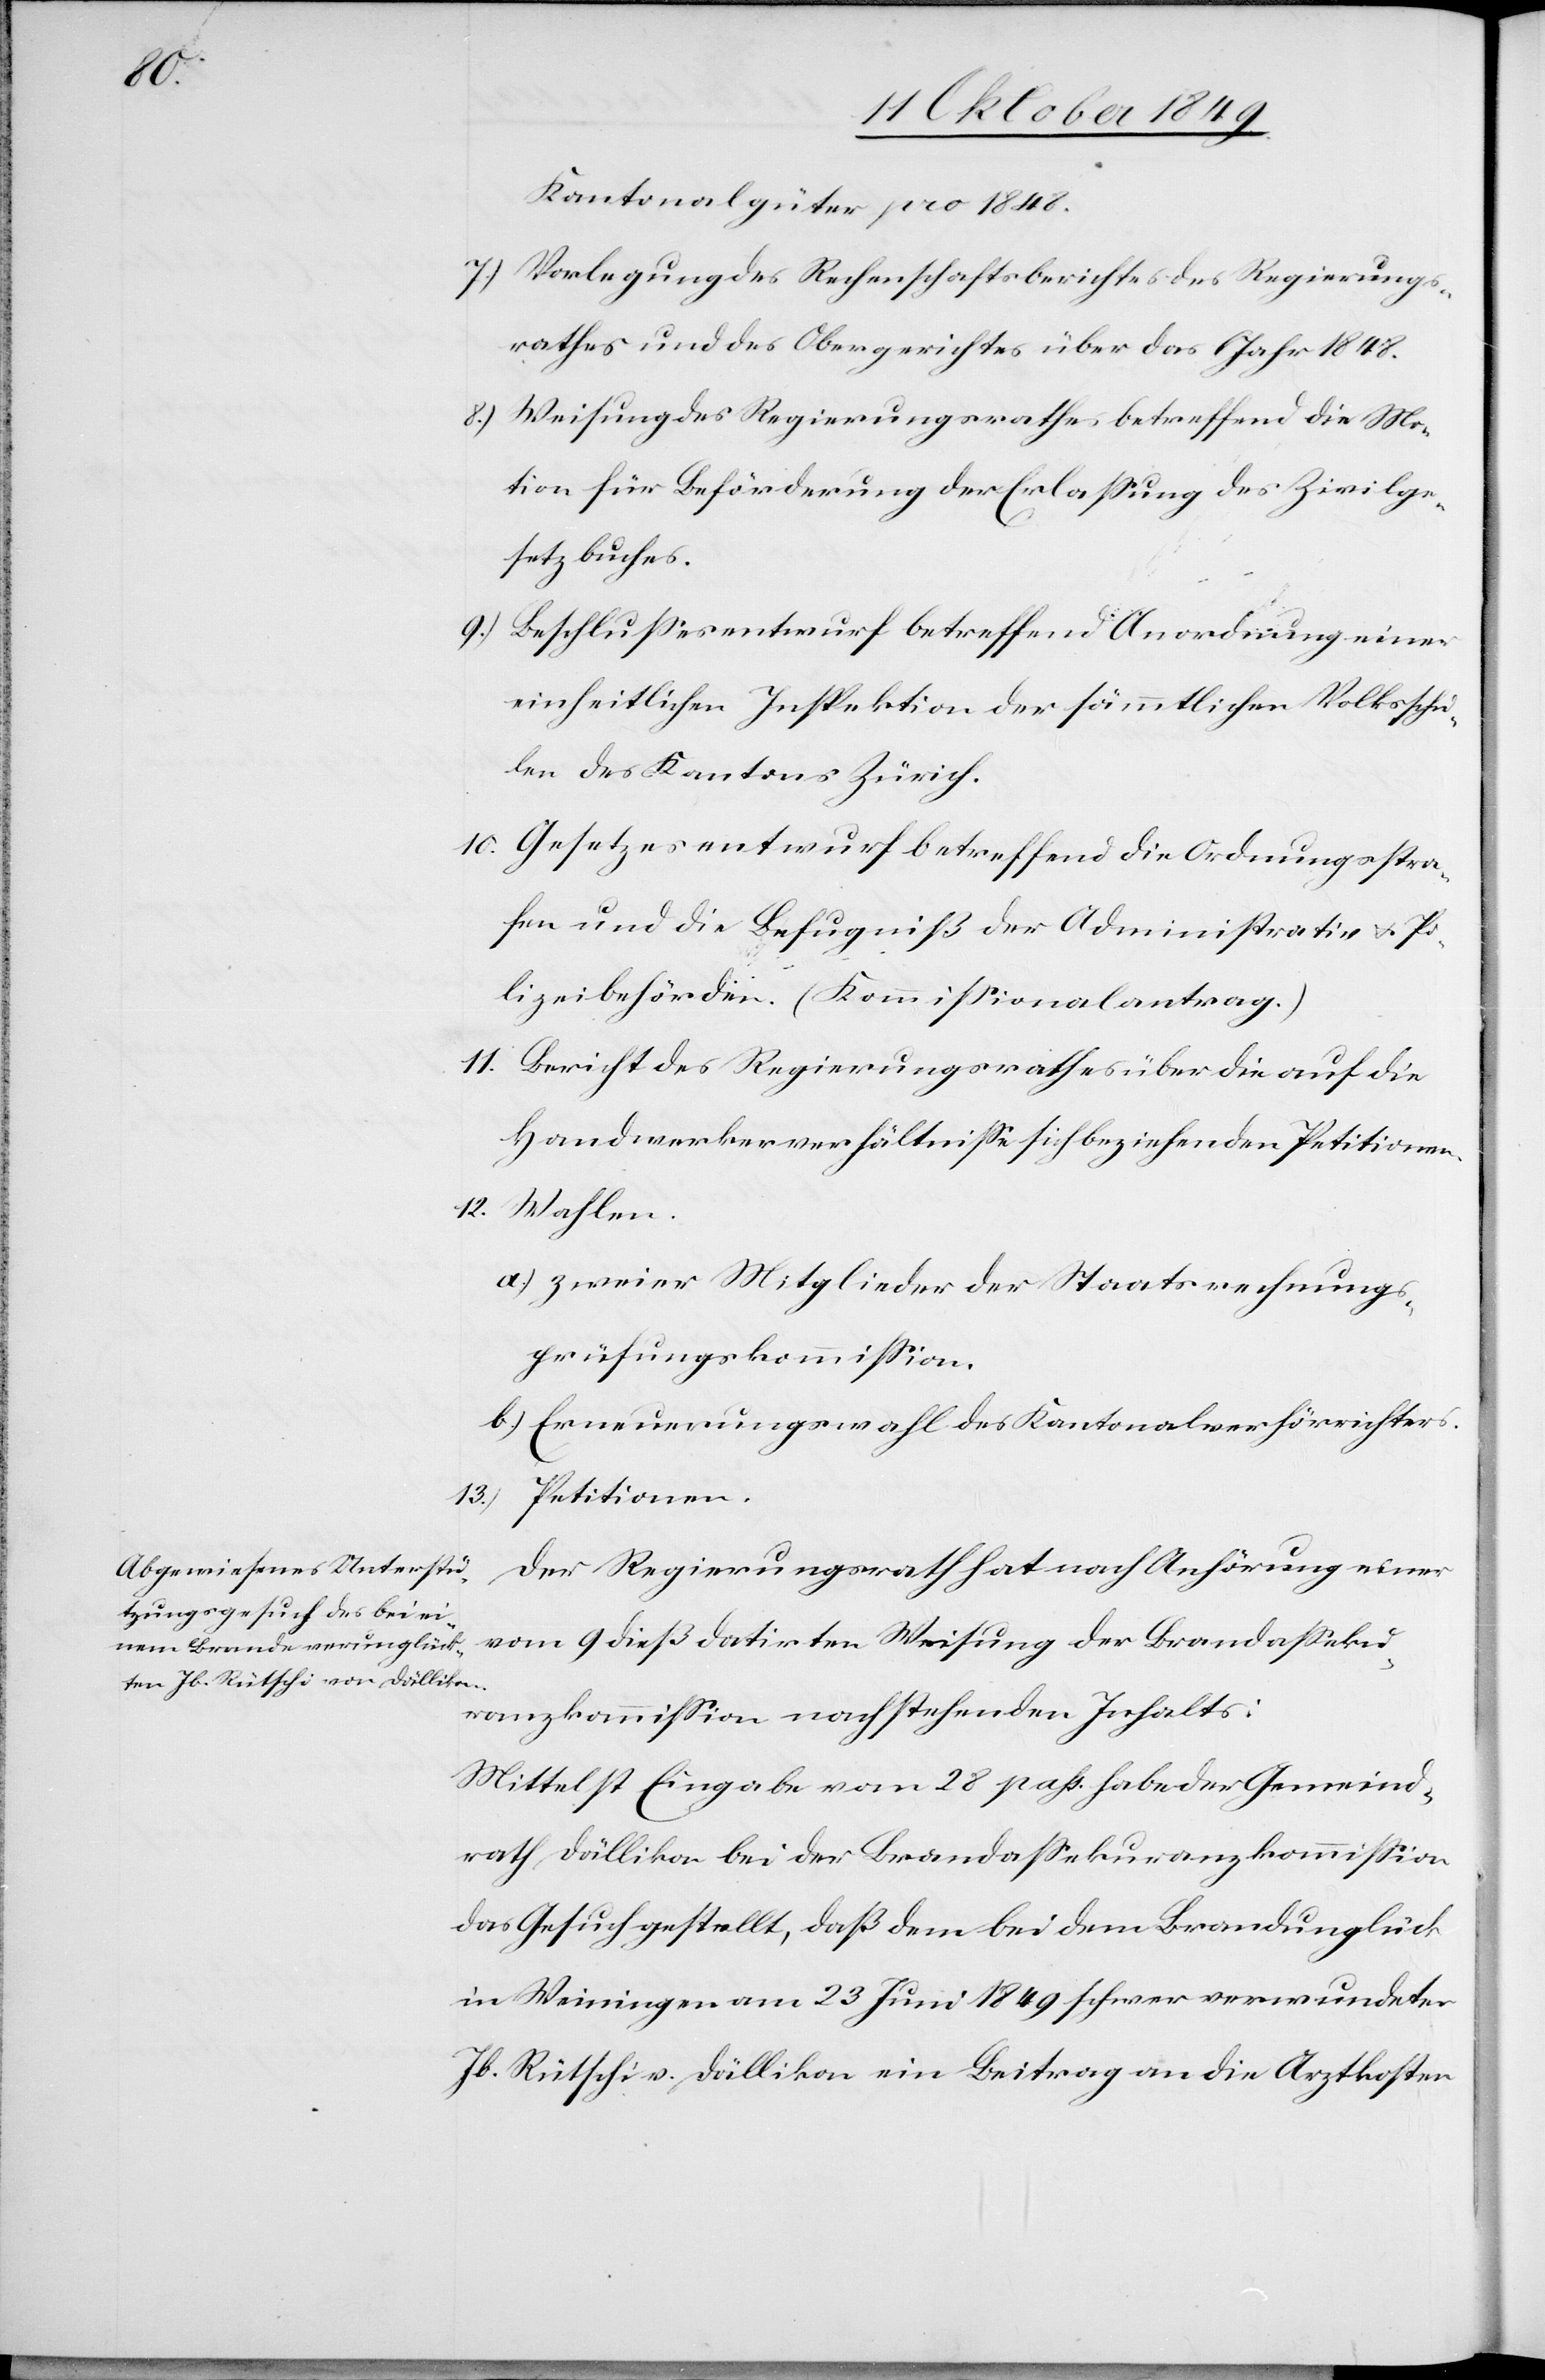
Kantonalgüter pro 1848.
7.) Vorlegung des Rechenschaftsberichtes des Regierungs¬
rathes und des Obergerichtes über das Jahr 1848.
8.) Weisung des Regierungsrathes betreffend die Mo¬
tion für Beförderung der Erlaßung des Zivilge¬
setzbuches.
9.) Beschlußesentwurf betreffend Anordnung einer
einheitlichen Inspektion der sämmtlichen Volksschu¬
len des Kantons Zürich.
10. Gesetzesentwurf betreffend die Ordnungsstra¬
fen und die Befugniß der Administrativ u. Po¬
lizeibehörden. (Kommißionalantrag.)
11. Bericht des Regierungsrathes über die auf die
Handwerkerverhältniße sich beziehenden Petitionen.
12. Wahlen.
a.) zweier Mitglieder der Staatsrechnungs¬
prüfungskommißion.
b) Erneuerungswahl des Kantonalverhörrichters.
Petitionen.
13.)
Der Regierungsrath hat nach Anhörung einer
vom 9 dieß datirten Weisung der Brandaßeku¬
ranzkommißion nachstehenden Inhalts:
Mittelst Eingabe vom 28 pass. habe der Gemeind¬
rath Dällikon bei der Brandaßekuranzkommißion
das Gesuch gestellt, daß dem bei dem Brandunglück
in Weiningen am 23 Juni 1849 schwer verwundeten
Jb. Rütschi v. Dällikon ein Beitrag an die Arztkosten